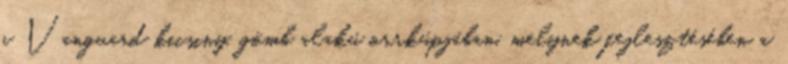
a Vanguard kicsiny, gömb alakú orrkúpjában, melynek fejlesztésében a